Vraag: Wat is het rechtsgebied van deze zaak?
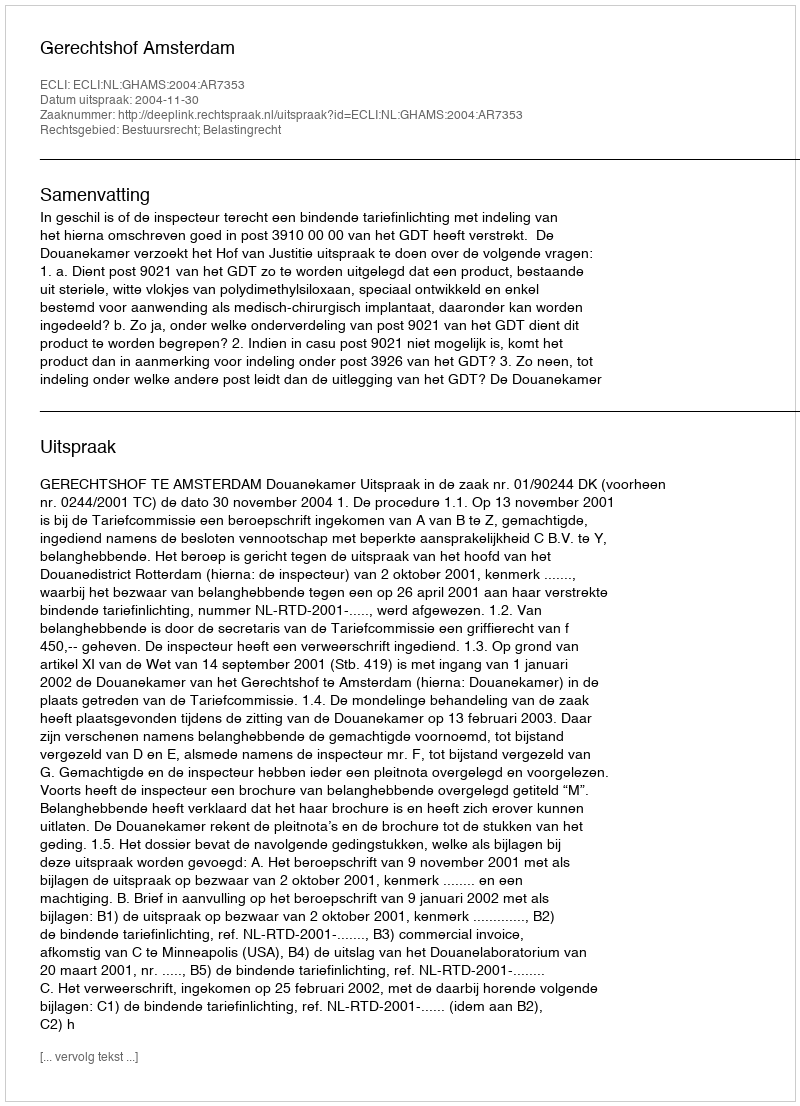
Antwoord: Bestuursrecht; Belastingrecht